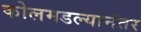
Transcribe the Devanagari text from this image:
कोलमडल्यानंतर